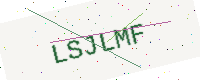
Text: LSJLMF